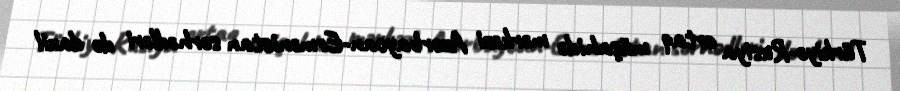
Türkiyə-Rusiya ortaq müşahidə mərkəzi Azərbaycan-Ermənistan sərhədləri də daxil